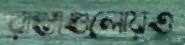
রাস্তাগুলোয়ও